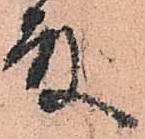
殿